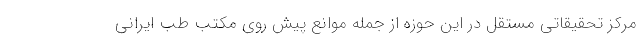
مرکز تحقیقاتی مستقل در این حوزه از جمله موانع پیش روی مکتب طب ایرانی